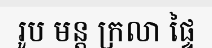
រូប មន្ត ក្រលា ផ្ទៃ